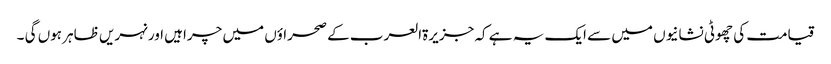
قیامت کی چھوٹی نشانیوں میں سے ایک یہ ہے کہ جزیرۃالعرب کے صحراؤں میں چراہیں اور نہریں ظاہر ہوں گی ۔